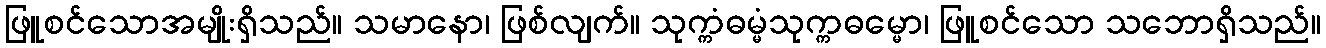
ဖြူစင်သောအမျိုးရှိသည်။ သမာနော၊ ဖြစ်လျက်။ သုက္ကံဓမ္မံသုက္ကဓမ္မော၊ ဖြူစင်သော သဘောရှိသည်။